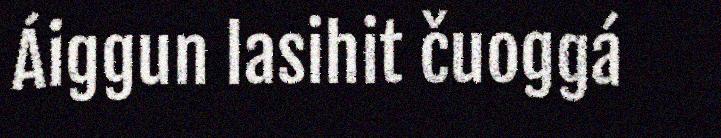
Áiggun lasihit čuoggá